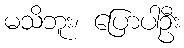
မသိဘူး၊ ပြောပါဦး